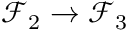
{ \mathcal { F } } _ { 2 } \to { \mathcal { F } } _ { 3 }